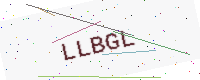
Text: LLBGL